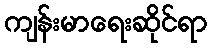
ကျန်းမာရေးဆိုင်ရာ